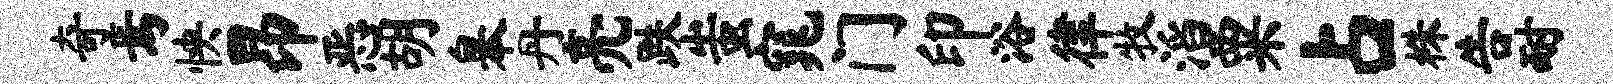
奇焉怏昂恶胡皋丹亮跌蚩窕门印浴律牧滔粟占株告耐